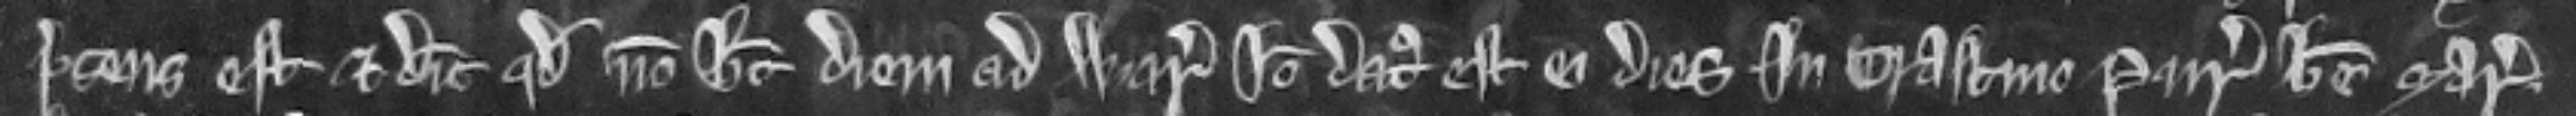
presens est et dicit quod non habet diem ad warantum Ideo datus est ei dies in crastino Purificacionis Beate Marie.